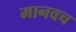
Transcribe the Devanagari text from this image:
मानवच